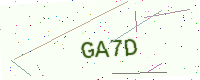
Text: GA7D